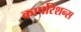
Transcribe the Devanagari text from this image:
कार्पोरेशन्स